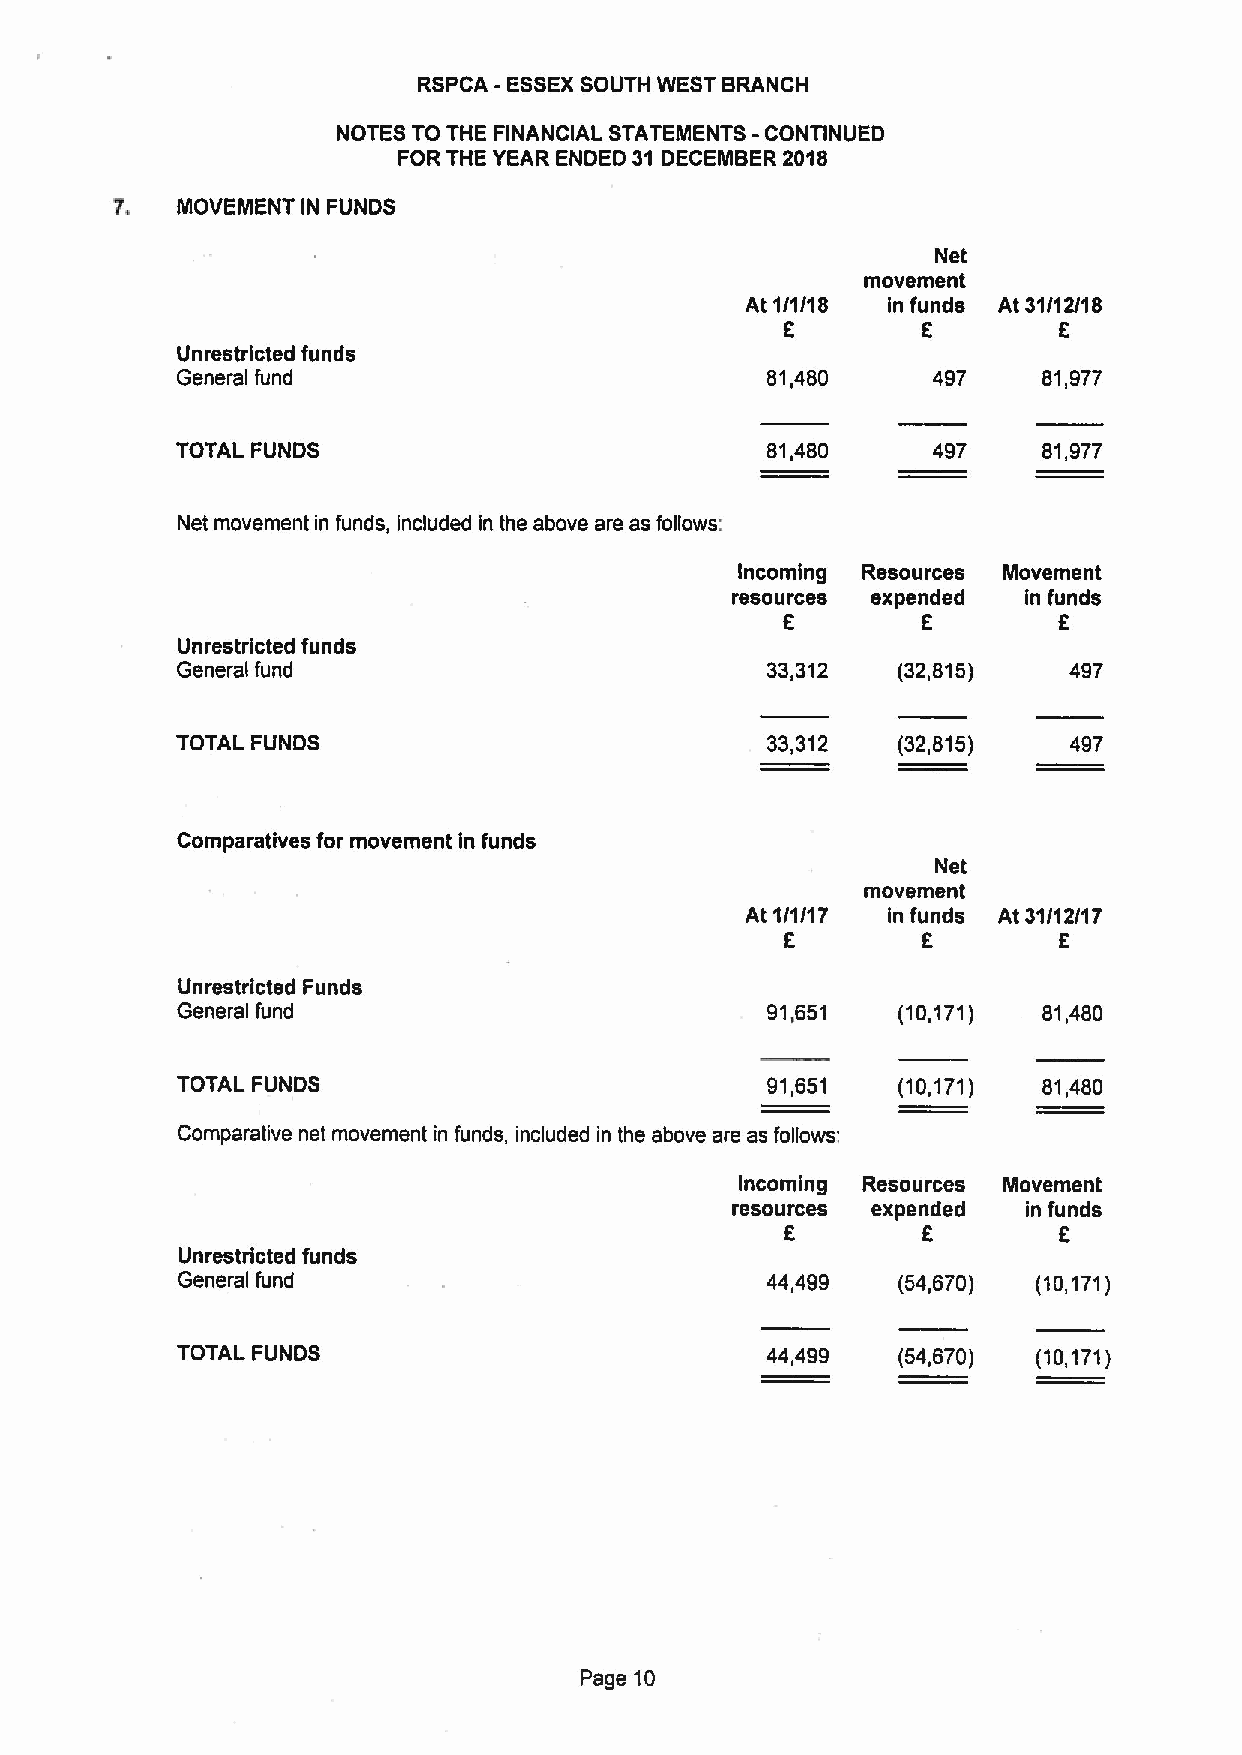
RSPCA -ESSEXSOUTH WEST BRANCH
 NOTES TO THE FINANCIAL STATEMENTS - CONTINUED
 FOR THE YEAR ENDED 31 DECEMBER 2018
 7.   MOVEMENT IN FUNDS
 Net
 movement
 At 1/1/18 in funds At 31/12/18
 8        8        8
 Unrestricted funds
 General fund                           81,480     497    81,977
 TOTAL FUNDS                            81,480     497    81,977
 Net movement in funds, included in the above are as follows:
 Incoming Resources Movement
 resources expended  in funds
 f
 8        8
 Unrestricted funds
 General fund                           33,312  (32,815)    497
 TOTAL FUNDS                            33,312  (32,815)    497
 Comparatives for movement in funds
 Net
 movement
 At 1/1/1 7 in funds At 31/12/1 7
 8        8        8
 Unrestricted Funds
 General fund                           91,651  (10,171)  81,480
 TOTAL FUNDS                            91,651  (10,171)  81,480
 Comparative net movement in funds, included in the above are as follows:
 Incoming Resources Movement
 resources expended  in funds
 8        8        8
 Unrestricted funds
 General fund                           44,499  (54,670)  (10,171)
 TOTAL FUNDS                            44,499  (54,670)  (10,171)
 Page 10